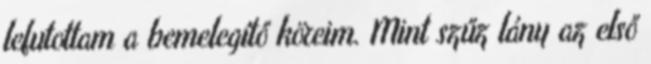
lefutottam a bemelegítő köreim. Mint szűz lány az első